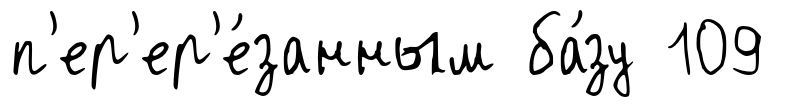
п'ер'ер'е́занным ба́зу 109